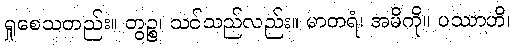
ရှုစေသတည်း။ တွဉ္စ၊ သင်သည်လည်း။ မာတရံ၊ အမိကို။ ပဿာဟိ၊